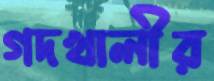
গদখালীর